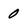
Character: 0